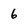
Character: 6